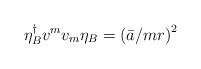
\begin{align*}\eta _{B}^{\dagger }v^{m}v_{m}\eta _{B}=\left( \bar{a}/mr\right) ^{2}\end{align*}